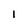
Character: l